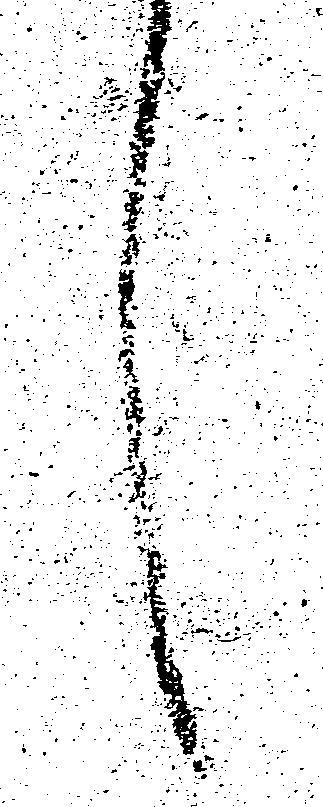
言